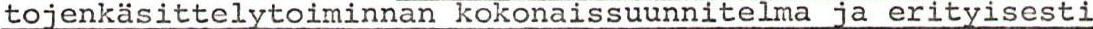
tojenkäsittelytoiminnan kokonaissuunnitelma ja erityisesti